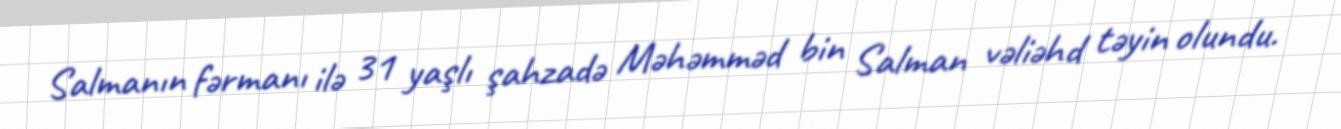
Salmanın fərmanı ilə 31 yaşlı şahzadə Məhəmməd bin Salman vəliəhd təyin olundu.